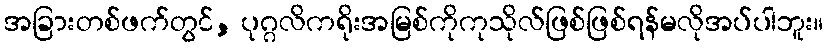
အခြားတစ်ဖက်တွင်, ပုဂ္ဂလိကရိုးအမြစ်ကိုကုသိုလ်ဖြစ်ဖြစ်ရန်မလိုအပ်ပါဘူး။